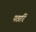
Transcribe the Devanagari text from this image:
पठारिं